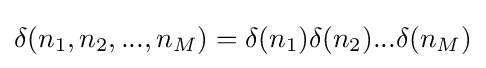
\delta (n_{1},n_{2},...,n_{M})=\delta (n_{1})\delta (n_{2})...\delta (n_{M})